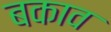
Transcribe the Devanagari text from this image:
बकाव